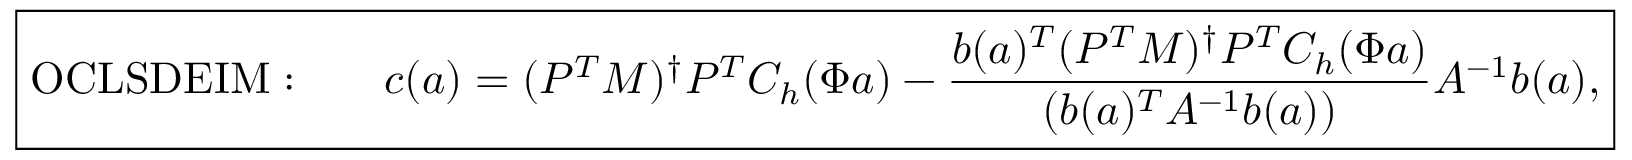
\boxed { \mathrm { O C L S D E I M : } \qquad \boldsymbol { c } ( \boldsymbol { a } ) = ( P ^ { T } M ) ^ { \dagger } P ^ { T } C _ { h } ( \Phi \boldsymbol { a } ) - \frac { \boldsymbol { b } ( \boldsymbol { a } ) ^ { T } ( P ^ { T } M ) ^ { \dagger } P ^ { T } C _ { h } ( \Phi \boldsymbol { a } ) } { ( \boldsymbol { b } ( \boldsymbol { a } ) ^ { T } A ^ { - 1 } \boldsymbol { b } ( \boldsymbol { a } ) ) } A ^ { - 1 } \boldsymbol { b } ( \boldsymbol { a } ) , }